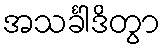
အသင်္ခါဒိတွာ